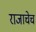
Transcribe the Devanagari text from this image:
राजाचेच